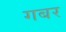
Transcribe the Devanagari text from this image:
गबर